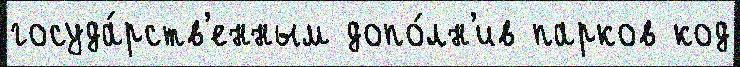
госуда́рств'енным допо́лн'ив парков код